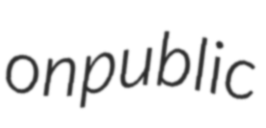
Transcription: on public